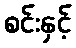
စင်းနှင့်